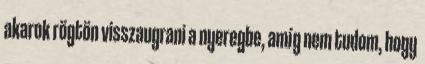
akarok rögtön visszaugrani a nyeregbe, amíg nem tudom, hogy